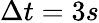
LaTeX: \Delta t=3s